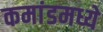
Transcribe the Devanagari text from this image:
कमांडमध्ये